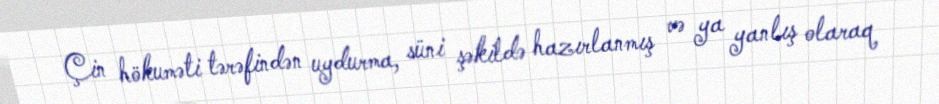
Çin hökuməti tərəfindən uydurma, süni şəkildə hazırlanmış və ya yanlış olaraq